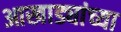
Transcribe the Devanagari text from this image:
आखाड्यांच्या